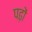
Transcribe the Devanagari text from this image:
पढ़ों